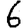
Digit: 6